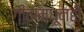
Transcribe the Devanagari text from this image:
गीतामधूनही